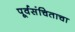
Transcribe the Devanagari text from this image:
पूर्वसंचिताचा